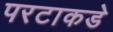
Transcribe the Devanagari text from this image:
परटाकडे